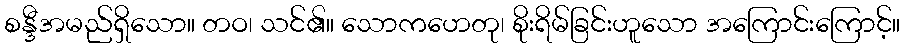
စန္ဒီအမည်ရှိသော။ တဝ၊ သင်၏။ သောကဟေတု၊ စိုးရိမ်ခြင်းဟူသော အကြောင်းကြောင့်။